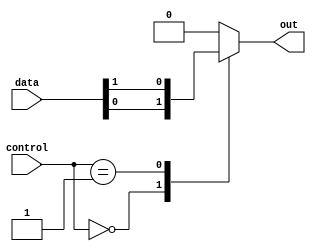
module multiplexer_1024_1 (
    input [1023:0] data,
    input [9:0] control,
    output reg out
);

always @(*) begin
    case (control)
        10'd0: out = data[0];
        10'd1: out = data[1];
        // Add cases for the remaining 1022 inputs
        // Insert more cases as needed
        default: out = 1'b0; // Default value if control signals do not match any case
    endcase
end

endmodule